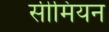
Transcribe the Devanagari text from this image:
सीमियन